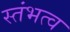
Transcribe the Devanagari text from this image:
स्तंभत्व